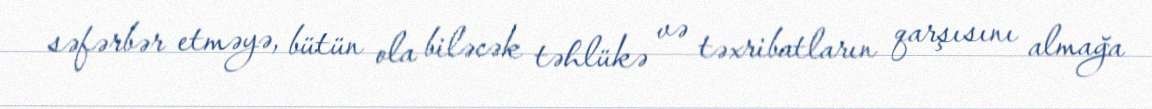
səfərbər etməyə, bütün ola biləcək təhlükə və təxribatların qarşısını almağa